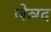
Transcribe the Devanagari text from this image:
जेब्ग्द